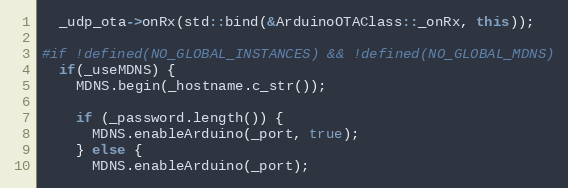
Language: C++
  _udp_ota->onRx(std::bind(&ArduinoOTAClass::_onRx, this));

#if !defined(NO_GLOBAL_INSTANCES) && !defined(NO_GLOBAL_MDNS)
  if(_useMDNS) {
    MDNS.begin(_hostname.c_str());

    if (_password.length()) {
      MDNS.enableArduino(_port, true);
    } else {
      MDNS.enableArduino(_port);